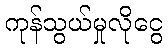
ကုန်သွယ်မှုလိုငွေ